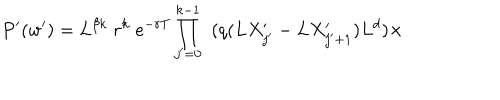
LaTeX: P ^ { \prime } ( w ^ { \prime } ) = L ^ { \beta k } \; r ^ { k } \; e ^ { - r T } \prod _ { j ^ { \prime } = 0 } ^ { k - 1 } \; \; ( q ( L X _ { j ^ { \prime } } ^ { \prime } - L X _ { j ^ { \prime } + 1 } ^ { \prime } ) L ^ { d } ) \times